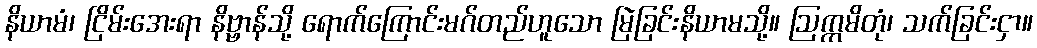
နိယာမံ၊ ငြိမ်းအေးရာ နိဗ္ဗာန်သို့ ရောက်ကြောင်းမဂ်တည်ဟူသော မြဲခြင်းနိယာမသို့။ ဩက္ကမိတုံ၊ သက်ခြင်းငှာ။